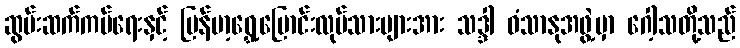
ဆွမ်းဆက်ကပ်ရေးနှင့် မြန်မာ့ရွှေ့ပြောင်းလုပ်သားများအား သဒ္ဒါ ဝံသာနုအဖွဲ့မှာ ဂေါ့သတို့သည်